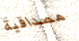
مصداقية